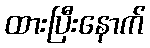
ထားပြီးနောက်